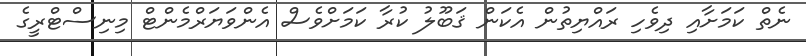
ނެތް ކަމަށާއި ދިވެހި ރައްޔިތުން އެކަން ޤަބޫލު ކުރާ ކަމަށްވެސް އެންވަޔަރްމެންޓް މިނިސްޓްރީގެ